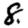
Digit: 8